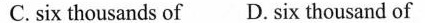
C.six thousands of D.six thousand of